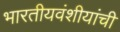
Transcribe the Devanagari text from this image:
भारतीयवंशीयांची